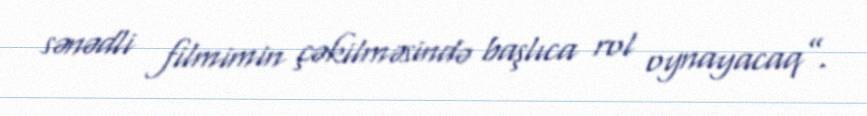
sənədli filmimin çəkilməsində başlıca rol oynayacaq”.